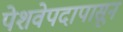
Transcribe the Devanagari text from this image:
पेशवेपदापासून